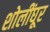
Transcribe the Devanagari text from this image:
शोलींघूर